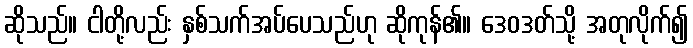
ဆိုသည်။ ငါတို့လည်း နှစ်သက်အပ်ပေသည်ဟု ဆိုကုန်၏။ ဒေဝဒတ်သို့ အတုလိုက်၍